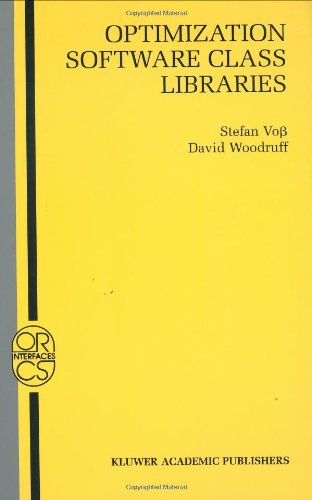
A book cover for Optimization Software Class Libraries (Operations Research/Computer Science Interfaces Series); Business & Money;